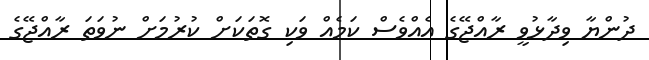
ދުންޔާ ވިދާޅުވީ ރާއްޖޭގެ އެއްވެސް ކަމެއް ވަކި ގޮތަކަށް ކުރުމަށް ނުވަތަ ރާއްޖޭގެ